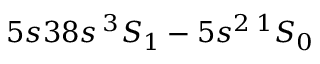
5 s 3 8 s \, ^ { 3 } S _ { 1 } - 5 s ^ { 2 } \, ^ { 1 } S _ { 0 }